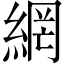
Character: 網